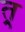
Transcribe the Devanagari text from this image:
त्र्